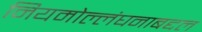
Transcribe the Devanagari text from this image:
नियमोल्लंघनाबद्दल